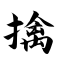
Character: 擒